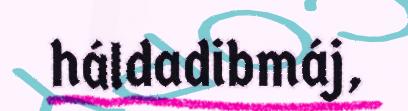
háldadibmáj,